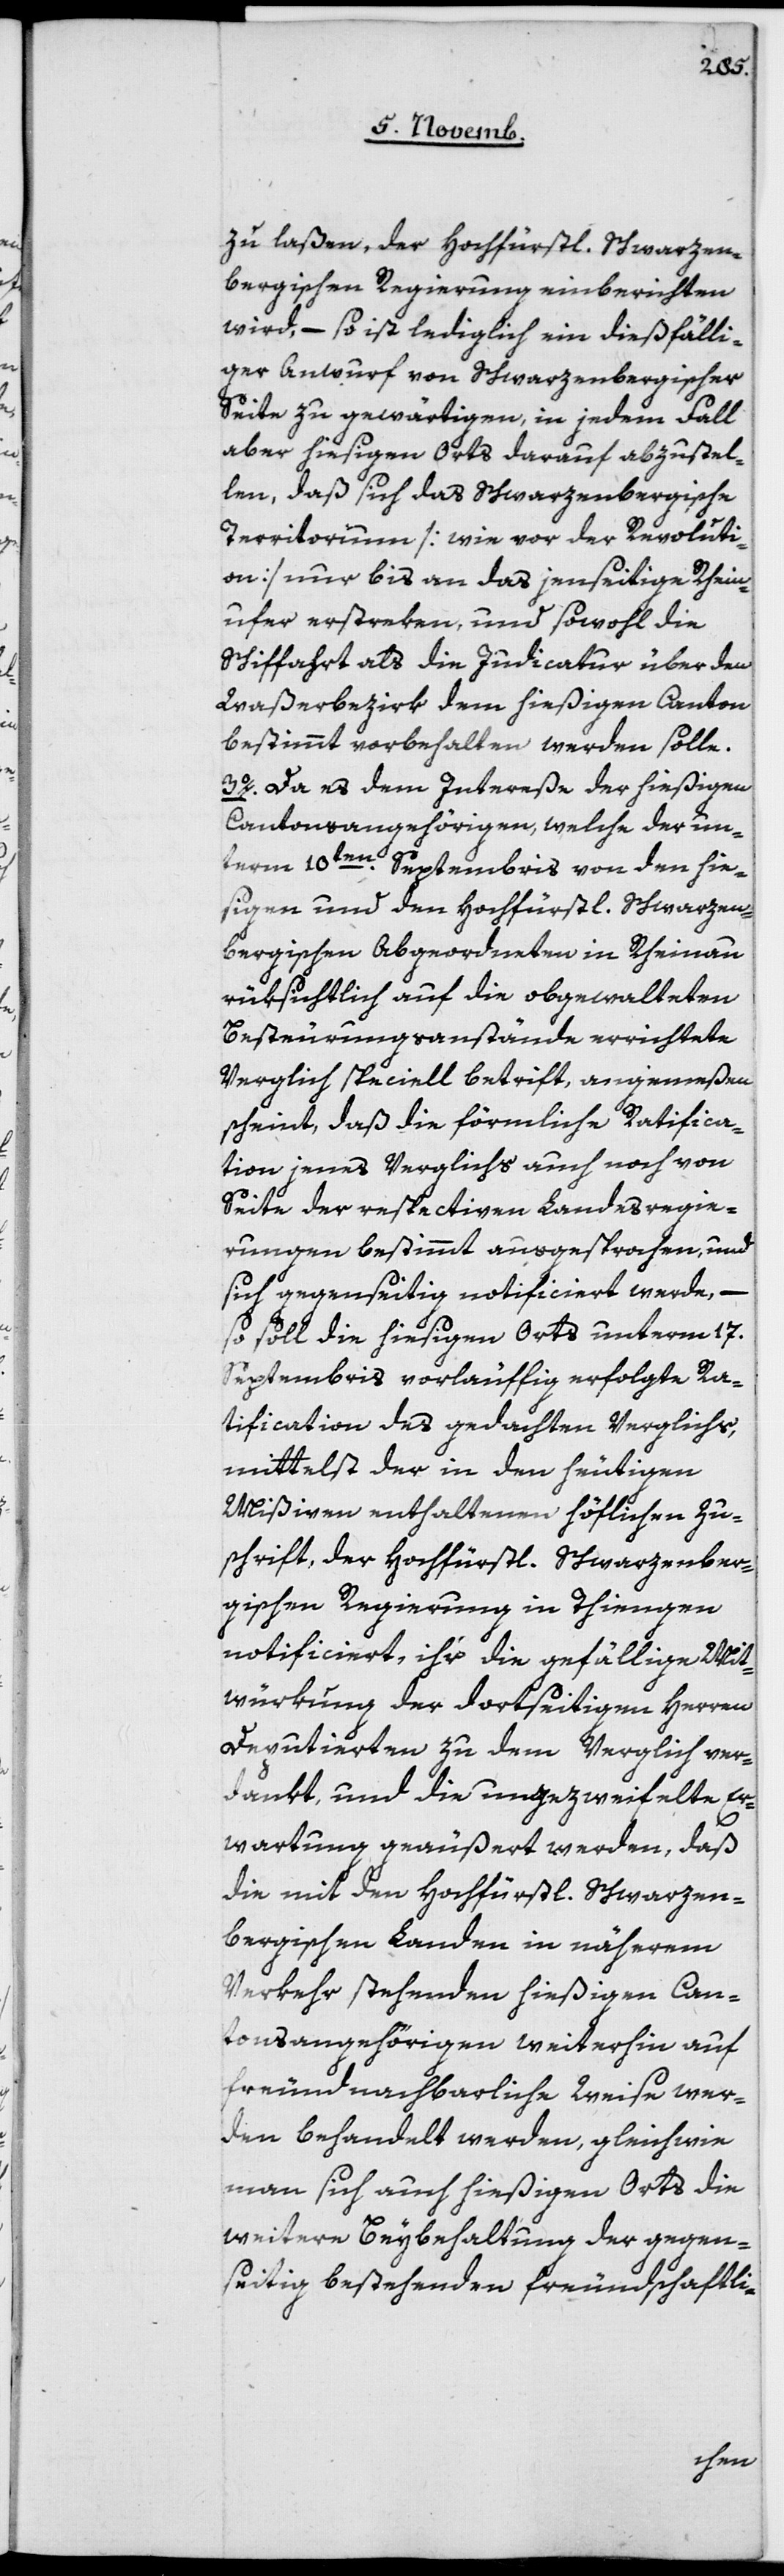
zu laßen, der Hochfürstl. Schwarzen¬
bergischen Regierung einberichten
wird, – so ist lediglich ein dießfälli¬
ger Anwurf von Schwarzenbergischer
Seite zu gewärtigen, in jedem Fall
aber hiesigen Orts darauf abzustel¬
len, daß sich das Schwarzenbergische
Territorium [wie vor der Revoluti¬
on] nur bis an das jenseitige Rhein¬
ufer erstreken und sowohl die
Schiffahrt als die Judicatur über den
Waßerbezirk dem hießigen Canton
bestimmt vorbehalten werden solle.
3o Da es dem Intereße der hießigen
Cantonsangehörigen, welche der un¬
term 10ten Septembris von den hie¬
sigen und den hochfürstl. Schwarzen¬
bergischen Abgeordneten in Rheinau
rüksichtlich auf die obgewalteten
Besteurungsanstände errichtete
Vergleich speciell betrift, angemeßen
scheint, daß die förmliche Ratfica¬
tion jenes Vergleichs auch noch von
Seite der respectiven Landesregie¬
rungen bestimmt ausgesprochen, und
sich gegenseitig notificiert werde, –
so soll die hiesigen Orts unterm 17.
Septembris vorläufig erfolgte Ra¬
tification des gedachten Vergleichs,
mittelst der in den heutigen
Mißiven enthaltenen höflichen Zu¬
schrift, der Hochfürstl. Schwarzenber¬
gischen Regierung in Thiengen
notificiert, ihr die gefällige Mit¬
würkung der dortseitigen Herren
Deputierten zu dem Vergleich ver¬
dankt, und die ungezweifelte Er¬
wartung geäußert werden, daß
die mit den hochfürstl. Schwarzen¬
bergischen Landen in näherem
Verkehr stehenden hießigen Can¬
tonsangehörigen weiterhin auf
freundnachbarliche Weise wer¬
den behandelt werden, gleichwie
man sich auch hießigen Orts die
weitere Beybehaltung der gegen¬
seitig bestehenden freundschaftli-